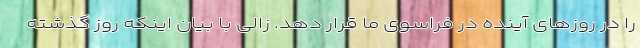
را در روزهای آینده در فراسوی ما قرار دهد. زالی با بیان اینکه روز گذشته